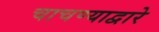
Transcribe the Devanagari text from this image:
चाचण्याद्वारे